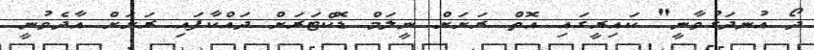
ދޯ އުނދަގުވާނީ" ކައިރީގައި އޮތް ރަށަށް ނީލަމް ޑޮކްޓަރަށް ދައްކާފައި ރަށަށް އާދެވުނީ